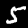
Label: 5